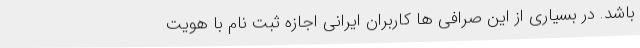
باشد. در بسیاری از این صرافی ها کاربران ایرانی اجازه ثبت نام با هویت